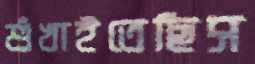
শুঁখাইতেছিস